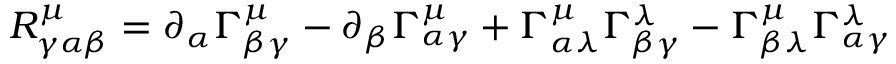
R _ { \gamma \alpha \beta } ^ { \mu } = \partial _ { \alpha } \Gamma _ { \beta \gamma } ^ { \mu } - \partial _ { \beta } \Gamma _ { \alpha \gamma } ^ { \mu } + \Gamma _ { \alpha \lambda } ^ { \mu } \Gamma _ { \beta \gamma } ^ { \lambda } - \Gamma _ { \beta \lambda } ^ { \mu } \Gamma _ { \alpha \gamma } ^ { \lambda }